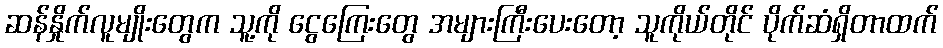
ဆန်နှိုက်လူမျိုးတွေက သူ့ကို ငွေကြေးတွေ အများကြီးပေးတော့ သူကိုယ်တိုင် ပိုက်ဆံရှိတာထက်